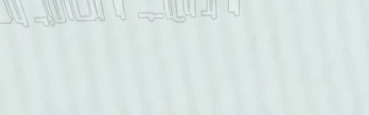
مطعم السعادة يقدم لكم أشه